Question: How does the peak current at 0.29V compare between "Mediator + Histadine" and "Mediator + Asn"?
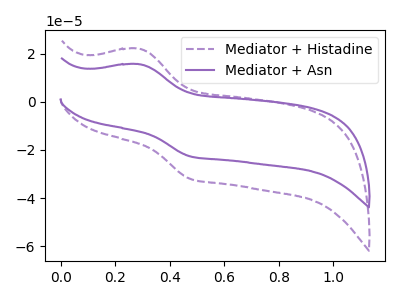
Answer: <think>The purple dashed curve "Mediator + Histadine" has an anodic peak at (0.30V, 22.05uA) and a cathodic peak at (0.50V, -32.00uA). The purple curve "Mediator + Asn" has an anodic peak at (0.30V, 15.65uA) and a cathodic peak at (0.50V, -22.70uA).</think>
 <answer>The peak at 0.29V is higher in "Mediator + Histadine" than in "Mediator + Asn".</answer>
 <eval>higher</eval>